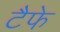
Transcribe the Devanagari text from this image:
टैफे